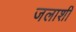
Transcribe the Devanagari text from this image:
जलाशी